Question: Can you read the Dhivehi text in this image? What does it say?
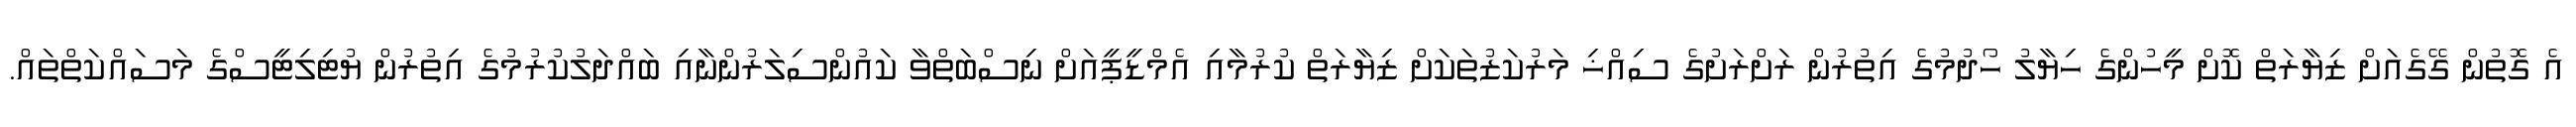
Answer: އެ ގޮތުން ގޭގެއަށް ޒިޔާރަތް ކޮށް މީހުންގެ ހިޔާލު ހޯދުމުގެ އިތުރުން ރަށްރަށުގެ ސިއްޚި މަރުކަޒުތަކަށް ޒިޔާރަތް ކުރުމާއި އެމްޑީޕީއަށް ނިސްބަތްވާ ކައުންސިލަރުންނާއި ބައްދަލުކުރުމުގެ އިތުރުން ޔުޓިލިޓީސްގެ މަސައްކަތްތައް.